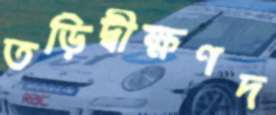
তড়িদ্বীক্ষণদ